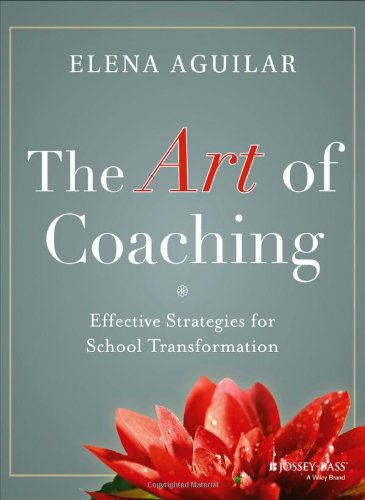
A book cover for The Art of Coaching: Effective Strategies for School Transformation; Elena Aguilar; Education & Teaching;